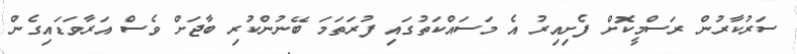
ސަރުކާރުން ރަސްމީކޮށް ފެށިއިރު އެ މަސައްކަތުގައި ފުރަތަމަ ބޭނުންކުރި ބާޖަށް ވެސް އަރާވަޑައިގެން